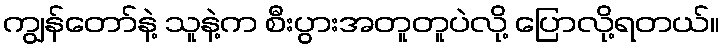
ကျွန်တော်နဲ့ သူနဲ့က စီးပွားအတူတူပဲလို့ ပြောလို့ရတယ်။